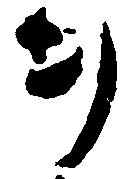
ヲ